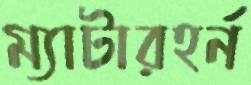
ম্যাটারহর্ন